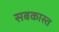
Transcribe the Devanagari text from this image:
सबकास्त